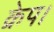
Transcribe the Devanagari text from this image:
क्रेप।